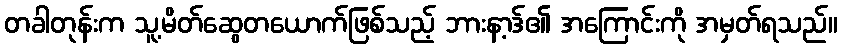
တခါတုန်းက သူ့မိတ်ဆွေတယောက်ဖြစ်သည့် ဘားနာ့ဒ်၏ အကြောင်းကို အမှတ်ရသည်။